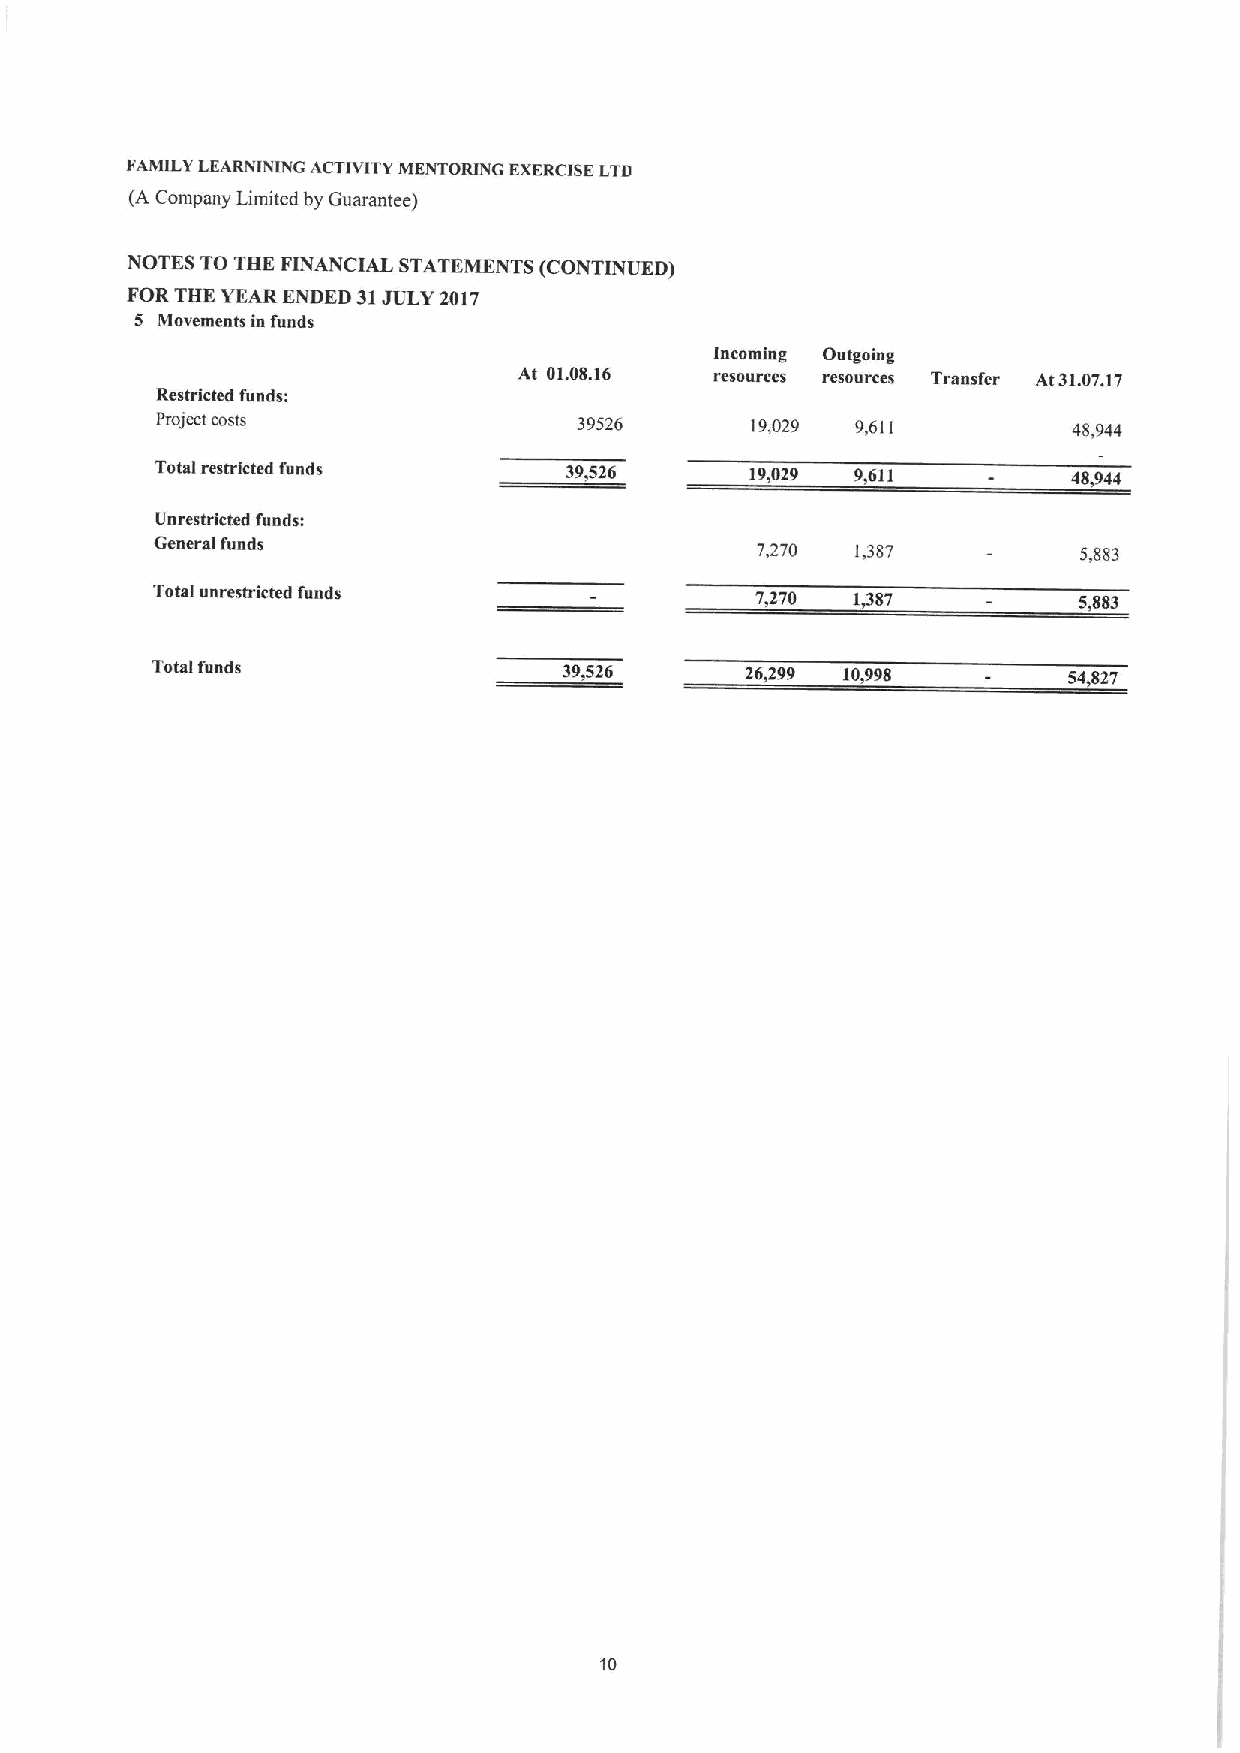
FAMILY LEARNINING ACTIVITY MENTORING EXERCISELTD
 (A Company Limited by Guarantee)
 NOTES TO THE FINANCIAL STATEMENTS (CONTINUED)
 FORTHE YEAR ENDED 31JULY 2017
 5 Movements in funds
 Incoming Outgoing
 At 01.08.16  resources resources Traasfer At31.07.17
 Restricted funds:
 Project costs               39526       19,029 9,611         48,944
 Total restricted funds     39,526       19,029 9,611         48,944
 Unrestricted funds:
 Generalfunds                            7,270  1,387          5,883
 Total unrestricted funds                7,270 1487           5,8$3
 Total funds                39,526      26&299 10,998         54,827
 10